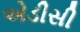
એડીસી